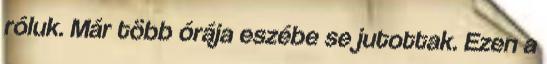
róluk. Már több órája eszébe se jutottak. Ezen a